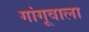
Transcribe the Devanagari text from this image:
गांगूवाला